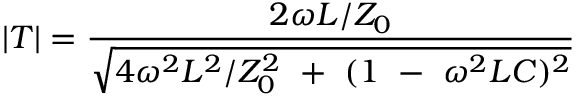
| T | = { \frac { 2 \omega L / Z _ { 0 } } { \sqrt { 4 \omega ^ { 2 } L ^ { 2 } / Z _ { 0 } ^ { 2 } ~ + ~ ( 1 ~ - ~ \omega ^ { 2 } L C ) ^ { 2 } } } }